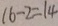
1 6 - 2 = 1 4